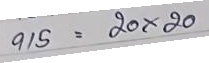
915 = 20 x 20